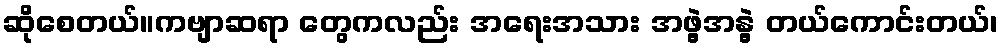
ဆိုစေတယ်။ကဗျာဆရာ တွေကလည်း အရေးအသား အဖွဲ့အနွဲ့ တယ်ကောင်းတယ်၊